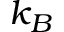
k _ { B }